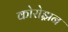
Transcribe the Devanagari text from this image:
कोरोझ़न